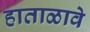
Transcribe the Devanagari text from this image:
हाताळावे